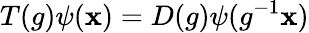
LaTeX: T(g)\psi(\mathbf{x})=D(g)\psi(g^{-1}\mathbf{x})